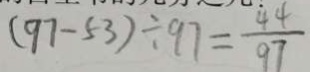
( 9 7 - 5 3 ) \div 9 7 = \frac { 4 4 } { 9 7 }